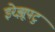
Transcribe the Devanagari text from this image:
इरेझूपटु